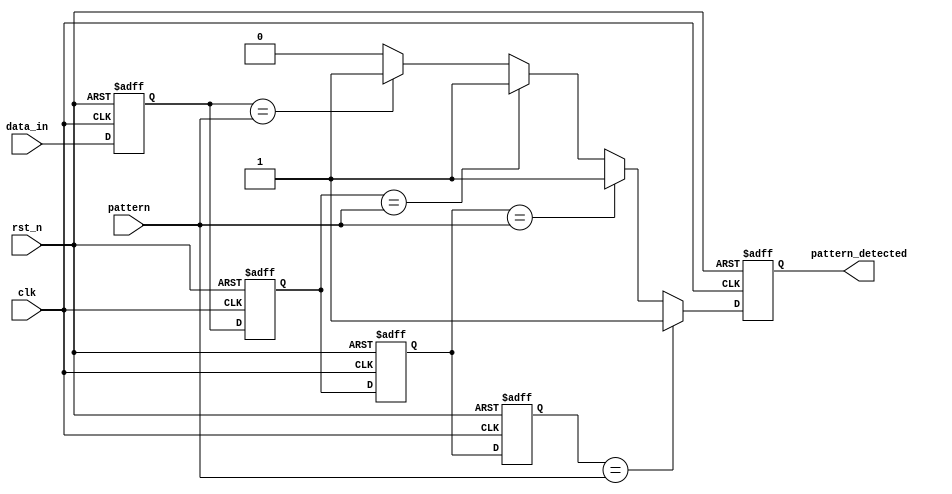
module SamplingDelayLineDetector #(
    parameter DATA_WIDTH = 8,      // Width of the input data signal
    parameter NUM_BLOCKS = 4,      // Number of memory blocks (delay stages)
    parameter PATTERN_WIDTH = 8     // Width of the pattern to compare
)(
    input wire clk,                 // Clock signal
    input wire rst_n,               // Active low reset
    input wire [DATA_WIDTH-1:0] data_in, // Input data stream
    input wire [PATTERN_WIDTH-1:0] pattern, // Pattern to detect
    output reg pattern_detected      // Output signal indicating pattern detection
);

    // Delay line storage
    reg [DATA_WIDTH-1:0] delay_line [0:NUM_BLOCKS-1]; // Memory blocks for delays
    integer i;

    // Sampling process
    always @(posedge clk or negedge rst_n) begin
        if (!rst_n) begin
            // Reset delay line
            for (i = 0; i < NUM_BLOCKS; i = i + 1) begin
                delay_line[i] <= 0;
            end
            pattern_detected <= 0;
        end else begin
            // Shift the input data through the delay line
            delay_line[0] <= data_in; // First stage samples the input directly
            for (i = 1; i < NUM_BLOCKS; i = i + 1) begin
                delay_line[i] <= delay_line[i-1]; // Shift data through the delay line
            end

            // Comparison logic
            pattern_detected <= 0; // Reset detected signal
            for (i = 0; i < NUM_BLOCKS; i = i + 1) begin
                if (delay_line[i] == pattern) begin
                    pattern_detected <= 1; // Pattern detected
                end
            end
        end
    end

endmodule